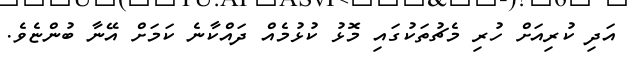
އަދި ކުރިއަށް ހުރި މެޗުތަކުގައި މޮޅު ކުޅުމެއް ދައްކާނެ ކަމަށް އޭނާ ބުންޏެވެ.